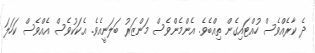
ދެ ކާރެއްވެސް ހުއްޓައިގެން ތިއްބެވެ. އެންމެންވެސް މަންޒަރު ބަލަނީއެވެ. އެކަކުވެސް އެއްވެސް ކަހަލަ